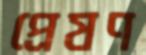
প্রেষণ